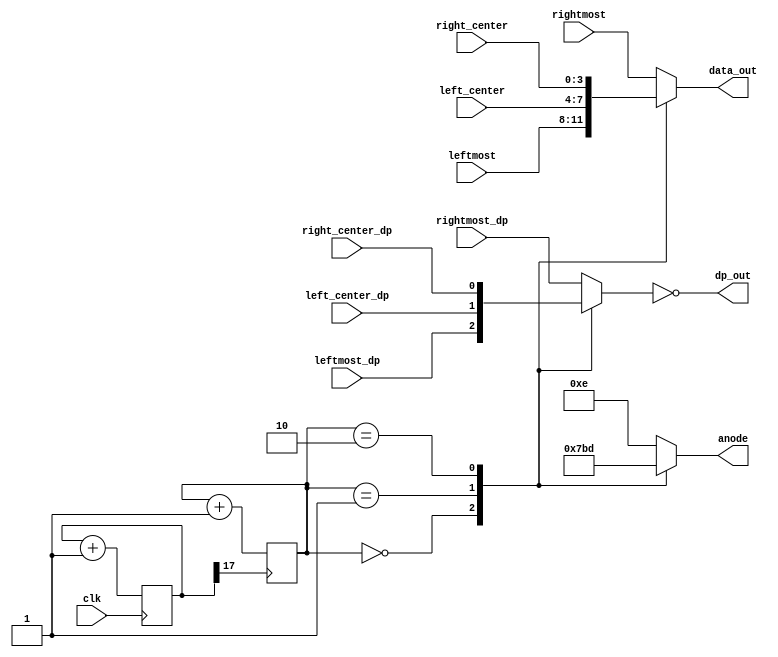
`timescale 1ns / 1ps

module sseg_mux(
    input clk,
    input [3:0] leftmost,
    input [3:0] left_center,
    input [3:0] right_center,
    input [3:0] rightmost,
    
    input leftmost_dp,
    input left_center_dp,
    input right_center_dp,
    input rightmost_dp,
    
    output [3:0] data_out,
    output dp_out,
    output [3:0] anode
    );

    //internal registers
    reg [17:0] cycle_count;
    reg [1:0] current_display;
    reg [3:0] anode_sig;
    reg [3:0] data_sig;
    reg dp_sig;
    reg dp_sig_inv;

    //drive outputs from internal registers
    assign anode = anode_sig;
    assign data_out = data_sig;
    assign dp_out = dp_sig;

    always @ (posedge clk) //use clock for counter
    begin
        cycle_count <= cycle_count + 1;
    end

    always @ (posedge cycle_count[17]) //clock divider (100MHz / 2^17)
    begin
        current_display <= current_display + 1; //0 to 3
    end

    always @ (*) //cycle anodes
    begin
        case (current_display)
            2'b00: anode_sig <= 4'b0111; //anodes are active low
            2'b01: anode_sig <= 4'b1011;
            2'b10: anode_sig <= 4'b1101;
            default: anode_sig <= 4'b1110;
        endcase

    end

    always @ (*) //select output data and dp
    begin
        case(current_display) //data select
            2'b00: data_sig <= leftmost;
            2'b01: data_sig <= left_center;
            2'b10: data_sig <= right_center;
            default: data_sig <= rightmost;
        endcase

        case(current_display) //dp select
            2'b00: dp_sig_inv <= leftmost_dp;
            2'b01: dp_sig_inv <= left_center_dp;
            2'b10: dp_sig_inv <= right_center_dp;
            default: dp_sig_inv <= rightmost_dp;
        endcase

        dp_sig <= !dp_sig_inv; //dp active on 0, so input dp must be inverted
    end
endmodule